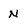
Character: N